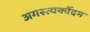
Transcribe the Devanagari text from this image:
अगस्त्यर्कोदम